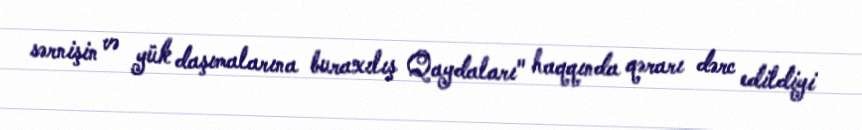
sərnişin və yük daşımalarına buraxılış Qaydaları" haqqında qərarı dərc edildiyi